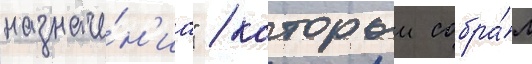
назначе́н'иа" / которыи собра́л